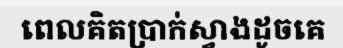
ពេលគិតប្រាក់ស្វាងដូចគេ